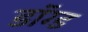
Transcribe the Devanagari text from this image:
डॉग्ड